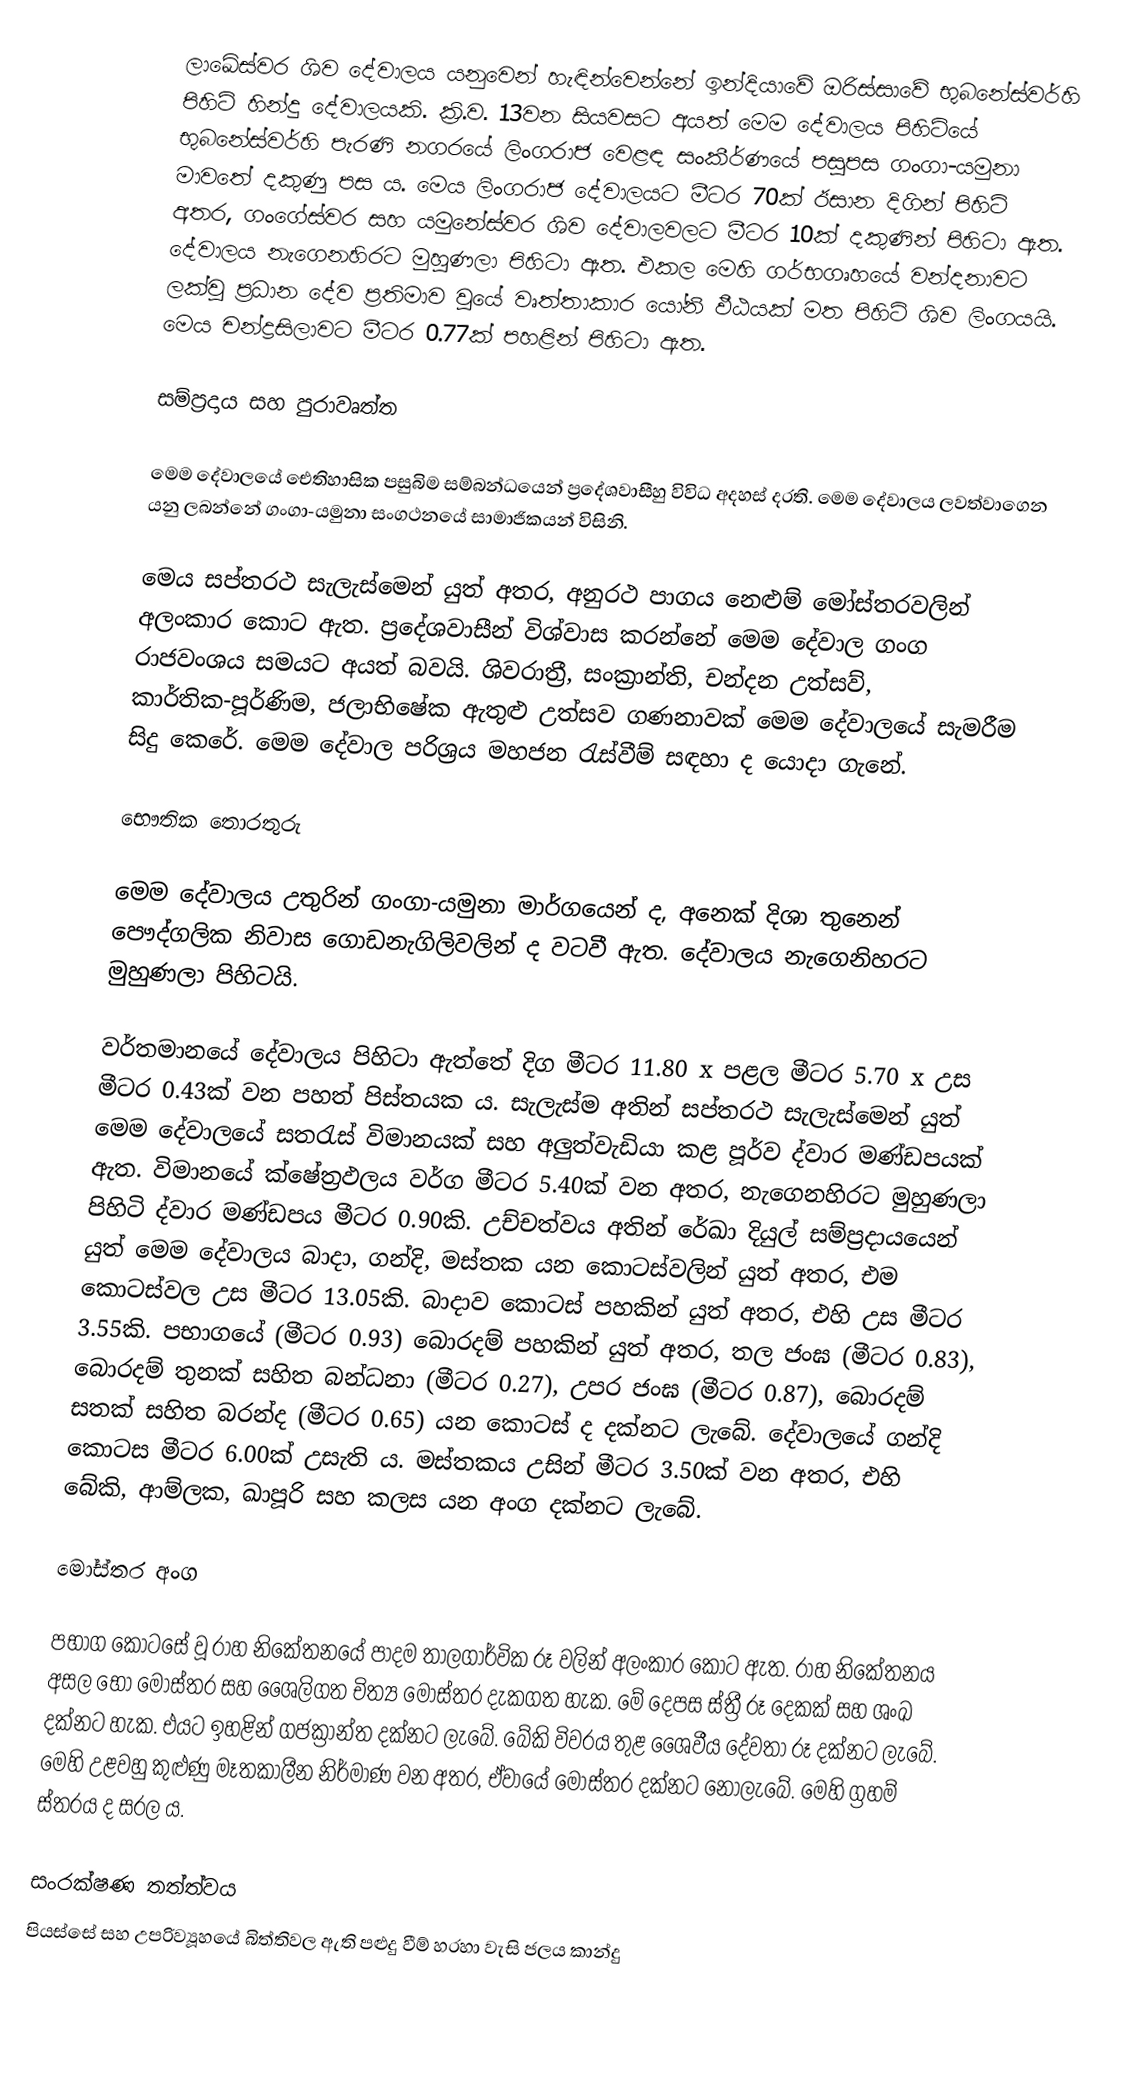
ලාඛේස්වර ශිව දේවාලය යනුවෙන් හැඳින්වෙන්නේ ඉන්දියාවේ ඔරිස්සාවේ භුබනේස්වර්හි පිහිටි හින්දු දේවාලයකි. ක්‍රි.ව. 13වන සියවසට අයත් මෙම දේවාලය පිහිටියේ භුබනේස්වර්හි පැරණි නගරයේ ලිංගරාජ වෙළඳ සංකීර්ණයේ පසුපස ගංගා-යමුනා මාවතේ දකුණු පස ය. මෙය ලිංගරාජ දේවාලයට මීටර 70ක් ඊසාන දිගින් පිහිටි අතර, ගංගේස්වර සහ යමුනේස්වර ශිව දේවාලවලට මීටර 10ක් දකුණින් පිහිටා ඇත. දේවාලය නැගෙනහිරට මුහුණලා පිහිටා ඇත. එකල මෙහි ගර්භගෘහයේ වන්දනාවට ලක්වූ ප්‍රධාන දේව ප්‍රතිමාව වූයේ වෘත්තාකාර යෝනි ඵීඨයක් මත පිහිටි ශිව ලිංගයයි. මෙය චන්ද්‍රසිලාවට මීටර 0.77ක් පහළින් පිහිටා ඇත.

සම්ප්‍රදාය සහ පුරාවෘත්ත

මෙම දේවාලයේ ඓතිහාසික පසුබිම සම්බන්ධයෙන් ප්‍රදේශවාසීහු විවිධ අදහස් දරති. මෙම දේවාලය ලවත්වාගෙන යනු ලබන්නේ ගංගා-යමුනා සංගථනයේ සාමාජිකයන් විසිනි.

මෙය සප්තරථ සැලැස්මෙන් යුත් අතර, අනුරථ පාගය නෙළුම් මෝස්තරවලින් අලංකාර කො‍ට ඇත. ප්‍රදේශවාසීන් විශ්වාස කරන්නේ මෙම දේවාල ගංග රාජවංශය සමයට අයත් බවයි. ශිවරාත්‍රී, සංක්‍රාන්ති, චන්දන උත්සව්, කාර්තික-පූර්ණිම, ජලාභිෂේක ඇතුළු උත්සව ගණනාවක් මෙම දේවාලයේ සැමරීම සිදු කෙරේ. මෙම දේවාල පරිශ්‍රය මහජන රැස්වීම් සඳහා ද යොදා ගැනේ.

භෞතික තොරතුරු

මෙම දේවාලය උතුරින් ගංගා-යමුනා මාර්ගයෙන් ද, අනෙක් දිශා තුනෙන් පෞද්ගලික නිවාස ගොඩනැගිලිවලින් ද වටවී ඇත. දේවාලය නැගෙනිහරට මුහුණලා පිහිටයි.

වර්තමානයේ දේවාලය පිහිටා ඇත්තේ දිග මීටර 11.80 x පළල මීටර 5.70 x උස මීටර 0.43ක් වන පහත් පිස්තයක ය. සැලැස්ම අතින් සප්තරථ සැලැස්මෙන් යුත් මෙම දේවාලයේ සතරැස් විමානයක් සහ අලුත්වැඩියා කළ පූර්ව ද්වාර මණ්ඩපයක් ඇත. විමානයේ ක්ෂේත්‍රඵලය වර්ග මීටර 5.40ක් වන අතර, නැගෙනහිරට මුහුණලා පිහිටි ද්වාර මණ්ඩපය මීටර 0.90කි. උච්චත්වය අතින් රේඛා දියුල් සම්ප්‍රදායයෙන් යුත් මෙම දේවාලය බාදා, ගන්දි, මස්තක යන කොටස්වලින් යුත් අතර, එම කොටස්වල උස මීටර 13.05කි. බාදාව කොටස් පහකින් යුත් අතර, එහි උස  මීටර 3.55කි. පභාගයේ (මීටර 0.93) බොරදම් පහකින් යුත් අතර, තල ජංඝ (මීටර 0.83), බොරදම් තුනක් සහිත බන්ධනා (මීටර 0.27), උපර ජංඝ (මීටර 0.87), බොරදම් සතක් සහිත බරන්ද (මීටර 0.65) යන කොටස් ද දක්නට ලැ‍බේ. දේවාලයේ ගන්දි කොටස මීටර 6.00ක් උසැති ය. මස්තකය උසින් මීටර 3.50ක් වන අතර, එහි බේකි, ආම්ලක, ඛාපූරි සහ කලස යන අංග දක්නට ලැබේ.

මෝස්තර අංග

පභාග‍ කොටසේ වූ රාහ නිකේතනයේ පාදම තාලගාර්වික රූ වලින් අලංකාර කො‍ට ඇත. රාහ නිකේතනය අසල භෝ මෝස්තර සහ ශෛලිගත චිත්‍ය මෝස්තර දැකගත හැක. මේ දෙපස ස්ත්‍රී රූ දෙකක් සහ ශංඛ දක්නට හැක. එයට ඉහළින් ගජක්‍රාන්ත දක්නට ලැබේ. බේකි විවරය තුළ ශෛවීය දේවතා රූ දක්නට ලැබේ. මෙහි උළවහු කුළුණු මෑතකාලීන නිර්මාණ වන අතර, ඒවායේ මෝස්තර දක්නට නොලැබේ. මෙහි ග්‍රහම් ස්තරය ද සරල ය.

සංරක්ෂණ තත්ත්වය
පියස්සේ සහ උපරිව්‍යූහයේ බිත්තිවල ඇති පළුදු වීම් හරහා වැසි ජලය කාන්දු